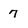
Character: 7